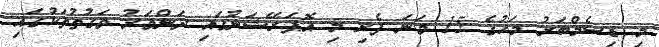
މި ޑިސެމްބަރު މަހުގެ 15 ވަނަ ފެށި މި އޮޕަރޭޝަނުގައި ދަންވަރު ވަގުތުތަކުގައި